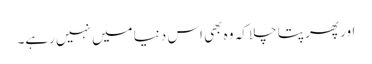
اور پھر پتا چلا کہ وہ بھی اس دنیا میں نہیں رہے۔